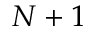
N + 1